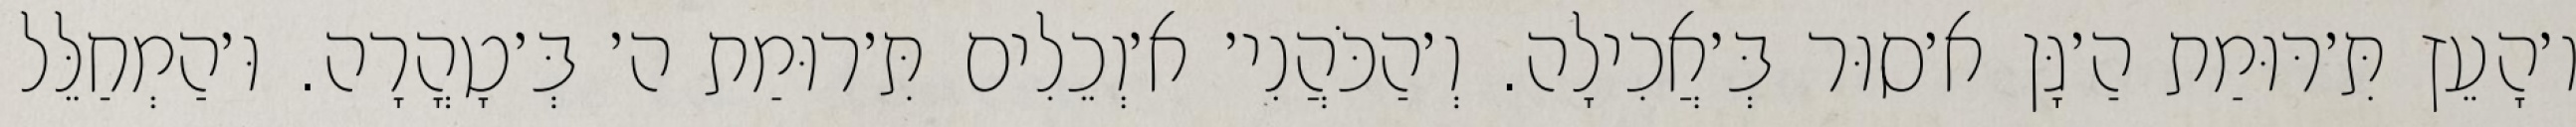
ו׳הָעֵץ תִּ׳רּוּמַת הַ׳גָּן א׳סוּר בְּ׳אֲכִילָה. וְ׳הַכֹּהֲנִי׳ א׳וְכֵלִים תִּ׳רוּמַת ה׳ בְּ׳טָהֳרָה. וּ׳הַמְחַלֵּל